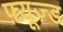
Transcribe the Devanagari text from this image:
फ़्यूज़्ड